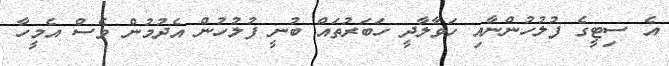
އެ ސިޓީގެ ފުލުހުންނާއި ހަވާލާދީ ހަބަރުތައް ބުނީ ފުލުހުން އެދުމުން ވެސް އެމީހާ